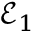
\mathcal { E } _ { 1 }